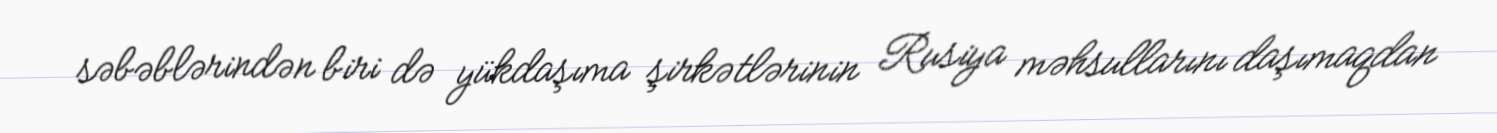
səbəblərindən biri də yükdaşıma şirkətlərinin Rusiya məhsullarını daşımaqdan